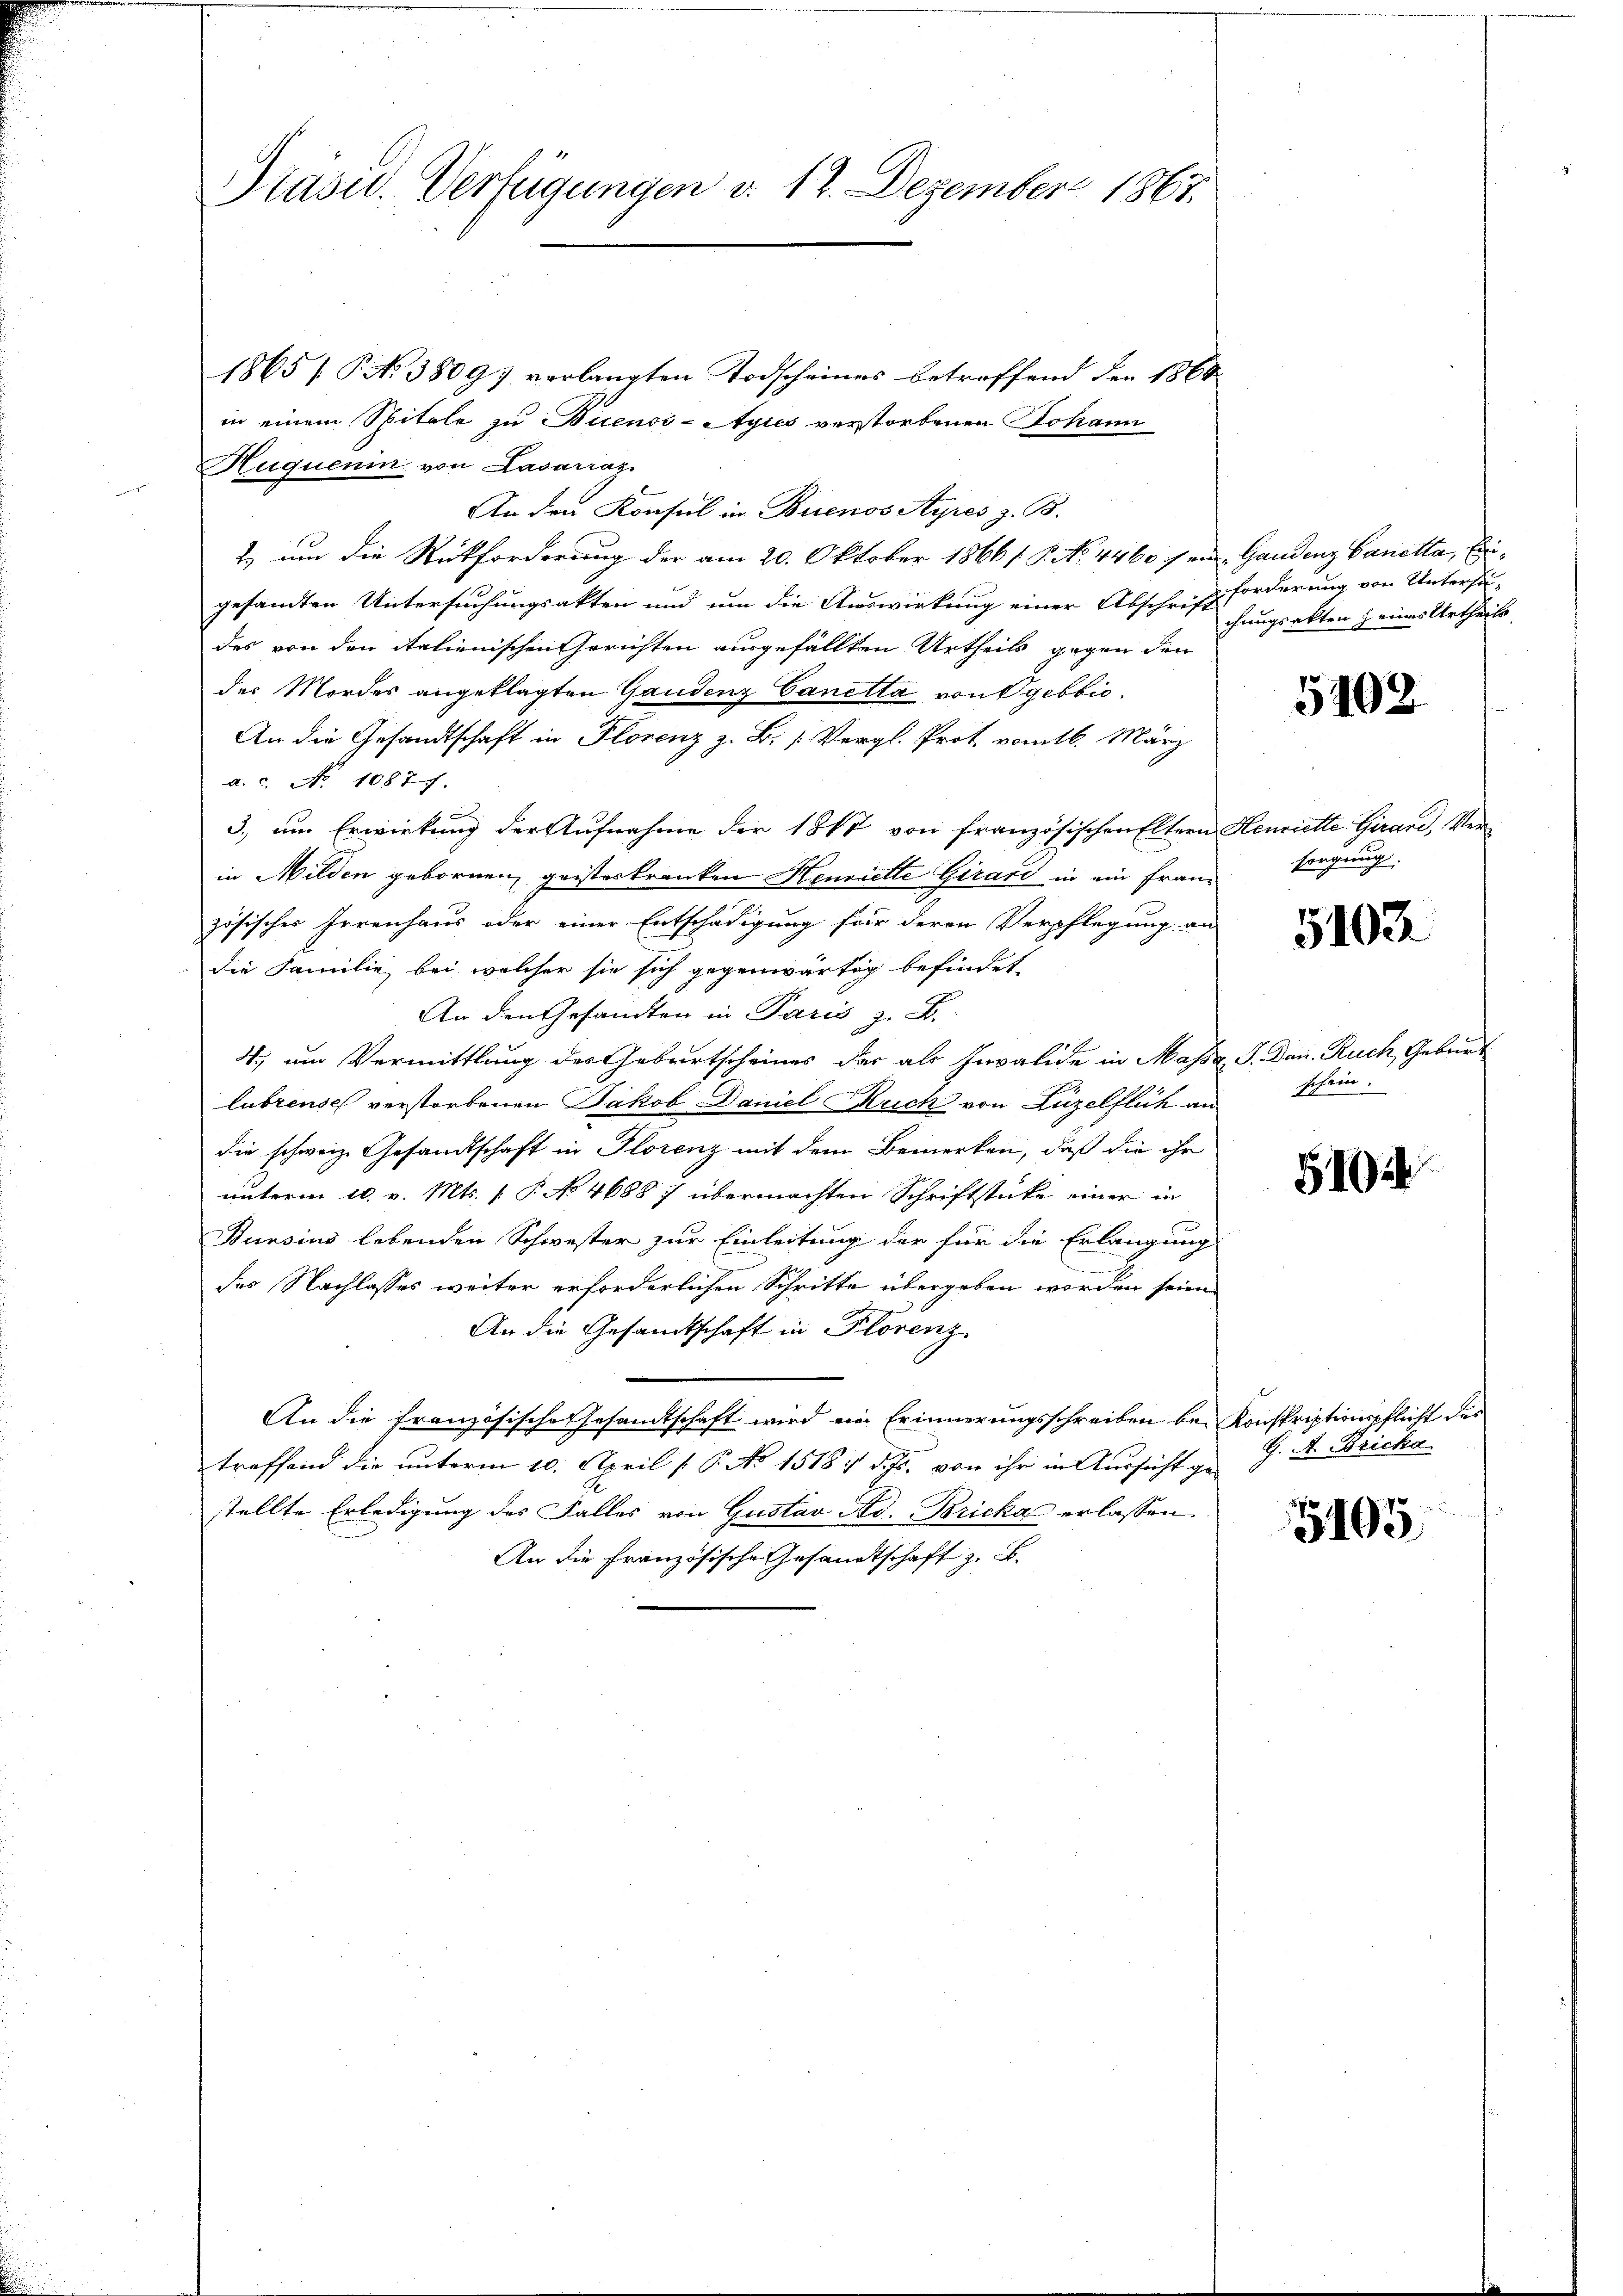
Präsid.. Verfügungen d. 12. Dezember 1867.

1865 [ P. N. 38097 verlangten Todscheines betroffend den 1868
in einem Spitale zu Buenos-Ayres verstorbenen Johann
Huquenin von Lasarraz
An den Konsul in Buenos Ayres z. B.
t.) um die Rückforderung der am 20. Oktober 1866 /. P. No. 4460 sei. Gandenz Canotta, Eingesamten Untersuchungsakten und um die Auswirkung einer Abschrift
des von den italienischen Gerichten ausgefällten Urtheils gegen den
des Mordes angeklagten Gaudenz Canetta von Ogebbić.
An die Gesandtschaft in Florenz z. B. [Vergl. Prot. vom 16. März
a. c. No 1087.
3., um Erwirkung der Aufnahme der 1867 von französischen Eltern Henriette Girard, Verin Milden gebornen, geisterkranken Henriette Girard in ein Französisches Irrenhaus oder einer Entschädigung für deren Verpflegung an
die Familie bei welcher sie sich gegenwärtig befindet,
An den Gesandten in Paris z. B.
4., um Vermittlung des Geburtscheines der als Invalide in Massa, J. Jan. Ruch, Geburt
lubrensch verstorbenen Jakob Daniel Ruch von Luzelflich an
die schweiz. Gesandtschaft in Florenz mit dem Bemerken, daß die ihr
unterm 10. v. Mts. [ P. No 4688 :/ übermachten Schriftstücke einer in
Bunsins lebenden Schwester zur Einleitung der für die Erlangung
e
des Nachlasses weiter erforderlichen Schritte übergeben worden seien
An die Gesandtschaft in Florenz
An die französische Gesandtschaft wird ein Erinnerungsschreiben be-Konskriptionspflicht des
treffend die unterm 10. April [ P. No 15187 d. Js. von ihr in Aussicht geg. A. Bricka
stellte Erledigung des Falles von Gustav Ad. Bricka erlassen.
An die Französische Gesandtschaft z. B.

forderung von Untersuchungsakten Heims Urtheils

5102

sorgung.

5103

schein.

51924

5105